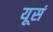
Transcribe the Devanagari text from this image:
यूसं